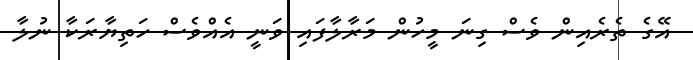
އޭގެ ތެރެއިން ވެސް ގިނަ މީހުން މަރާލާފައި ވަނީ އެއްވެސް ހަތިޔާރަކާ ނުލާ